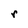
Character: r